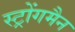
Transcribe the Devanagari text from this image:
स्ट्रोंगमैन